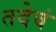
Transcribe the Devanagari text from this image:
तदेवं